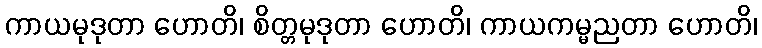
ကာယမုဒုတာ ဟောတိ၊ စိတ္တမုဒုတာ ဟောတိ၊ ကာယကမ္မညတာ ဟောတိ၊